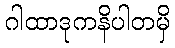
ဂါထာဒုကနိပါတမှိ